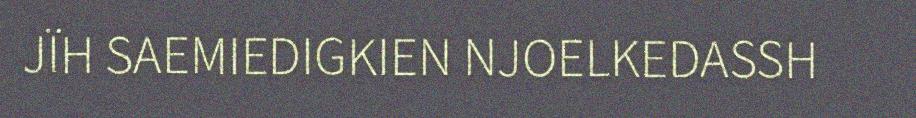
JÏH SAEMIEDIGKIEN NJOELKEDASSH